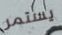
يستمر